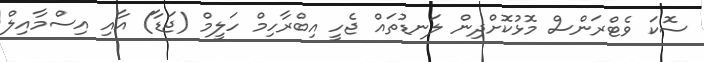
ސޮކަ ވެޓްރަންސް މޮޅުކޮށްދިން ލަނޑުތައް ޖެހީ އިބްރާހިމް ހަލީމް (ޖަޑާ) އާއި އިސްމާއިލް